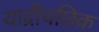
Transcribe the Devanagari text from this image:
याद्रीचछिक